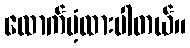
ထောက်ပံ့ထားပါတယ်။